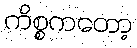
ကိစ္စကတော့